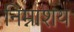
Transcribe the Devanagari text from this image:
निम्नाशय